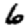
Digit: 6